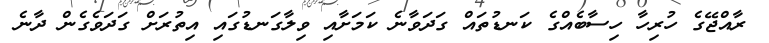
ރާއްޖޭގެ ހުރިހާ ހިސާބެއްގެ ކަނޑުތައް ގަދަވާނެ ކަމަށާއި ވިލާގަނޑުގައި އިތުރަށް ގަދަވެގެން ދާނެ